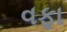
વફા